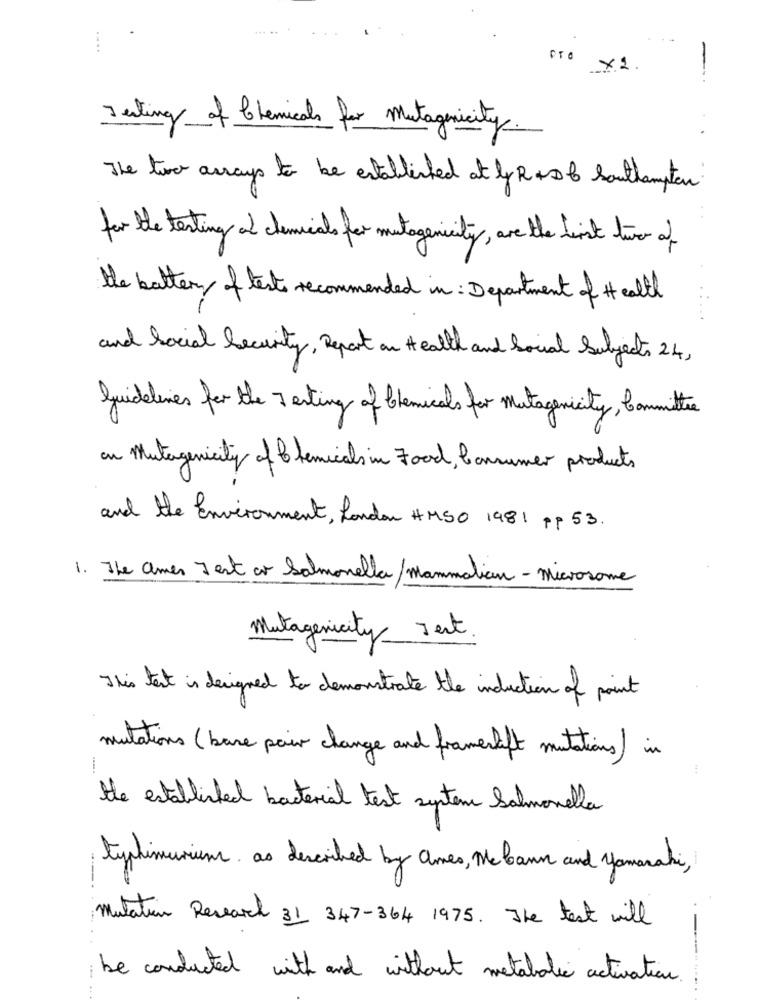
....
....
×2.
-
Testing of Chemicals for mutagenicity.
The two arrays to be established at ly Ra Southampton
for the testing of chemicals for mutagencity , are the list two of
the battery of tests recommended in : Department of Health
and Social Security , Report on Health and Social Subjects 24 ,
Guidelines for the 7 esting of Chemicals for mutagenicity, Committee
on Mutagenicity of Chemicals in Food , Consumer products
and the Environment, London #MSO 1981 pp 53.
1. The amer Jest or Salmonella/ Mammalian - Microsome
Mutagenicity Test
This test is designed to demonstrate the induction of point
mutations (base pair change and framerleft mutations) in
the established bacterial test system Salmonella
typhimurium as described by Ones , Me bann and Hamaraki,
mutation Research 31 347-364 1975. The test will
be conducted with and without metabolic activation .